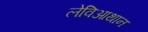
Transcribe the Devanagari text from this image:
लेविआथान